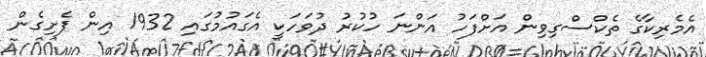
އެމެރިކާގެ ތެކްސްގިވިން އަށްފަހު އަންނަ ހުކުރު ދުވަހަކީ އެގައުމުގައި 1932 އިން ފެށިގެން